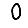
Digit: 0